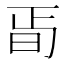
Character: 𣅰